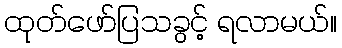
ထုတ်ဖော်ပြသခွင့် ရလာမယ်။